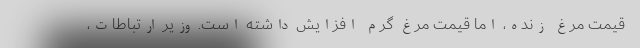
قیمت مرغ زنده، اما قیمت مرغ گرم افزایش داشته است. وزیر ارتباطات،